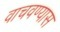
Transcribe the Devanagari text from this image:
वाचवण्यास